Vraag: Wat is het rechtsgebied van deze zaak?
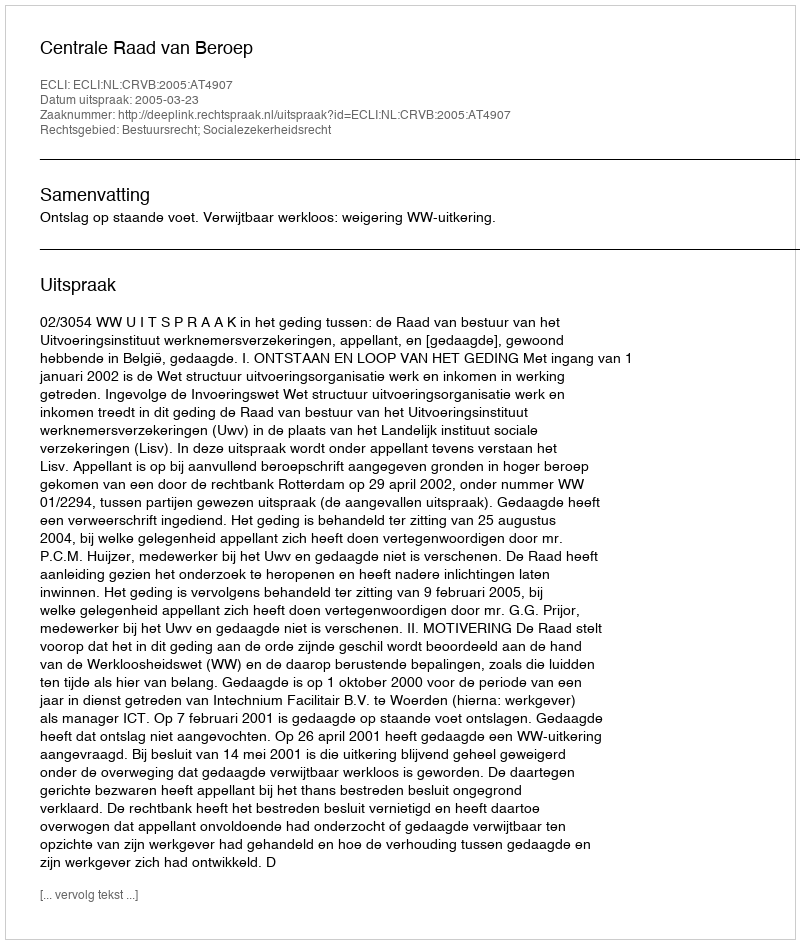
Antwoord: Bestuursrecht; Socialezekerheidsrecht